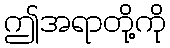
ဤအရာတို့ကို